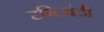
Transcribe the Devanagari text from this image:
दृष्टिबंदी